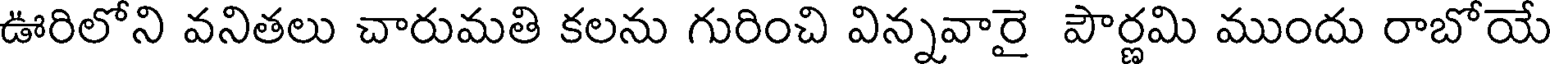
ఊరిలోని వనితలు చారుమతి కలను గురించి విన్నవారై పౌర్ణమి ముందు రాబోయే